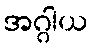
အဂ္ဂါယ